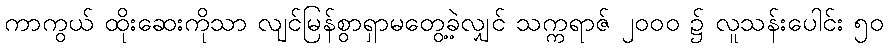
ကာကွယ် ထိုးဆေးကိုသာ လျင်မြန်စွာရှာမတွေ့ခဲ့လျှင် သက္ကရာဇ် ၂၀၀၀ ၌ လူသန်းပေါင်း ၅၀